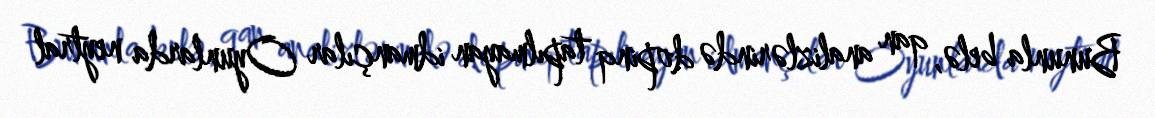
Bununla belə, qan analizlərində dopinq tapılmayan idmançılar Oyunlarda neytral